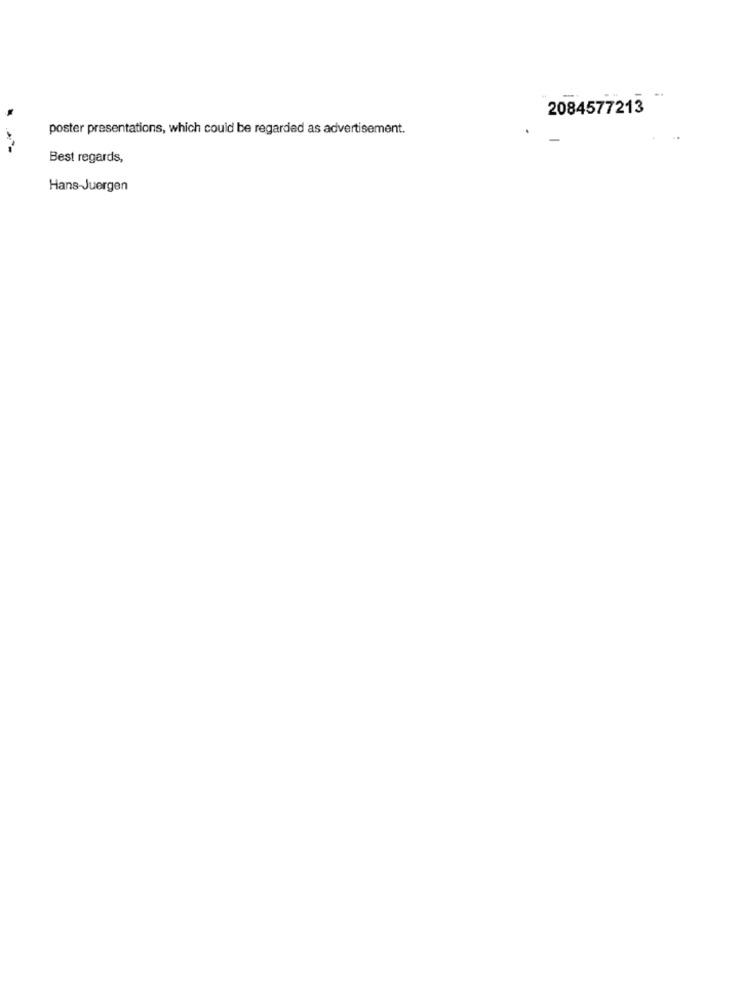
2084577213
poster presentations, which could be regarded as advertisement.
Best regards,
Hans-Juergen